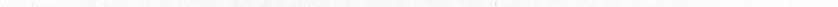
Ⅰ.Copy the sentences( 正确抄写下列句子,注意大小写和标点符号)(5 分)